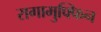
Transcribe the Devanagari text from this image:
रागामुफ्फिन